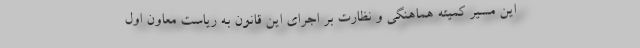
اين مسير كميته هماهنگى و نظارت بر اجراى اين قانون به رياست معاون اول